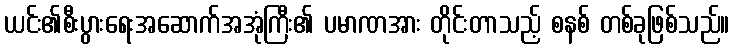
ယင်း၏စီးပွားရေးအဆောက်အအုံကြီး၏ ပမာဏအား တိုင်းတာသည့် စနစ် တစ်ခုဖြစ်သည်။